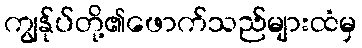
ကျွန်ုပ်တို့၏ဖောက်သည်များထံမှ